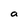
Character: a